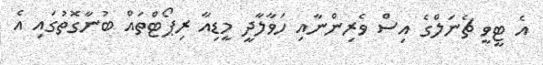
އެ ޓީވީ ޗެނަލްގެ އިސް ވެރިންނާއި ހަވާލާދީ މީޑިއާ ރިޕޯޓްތައް ބުނާގޮތުގައި އެ